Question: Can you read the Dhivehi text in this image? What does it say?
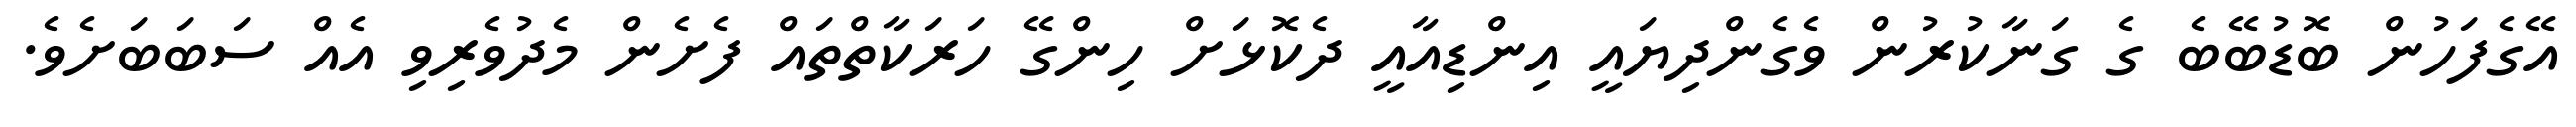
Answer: އޭގެފަހުން ބޮޑުބޭބެ ގެ ގަނާކުރުން ވެގެންދިޔައީ އިންޑިއާއީ ދެކޮޅަށް ހިންގޭ ހަރަކާތްތައް ފެށެން މެދުވެރިވި އެއް ސަބަބަށެވެ.